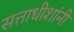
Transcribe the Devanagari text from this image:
सत्ताधीशांनी